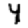
Digit: 4